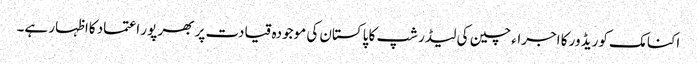
اکنامک کوریڈ ور کا اجراء چین کی لیڈر شپ کا پاکستان کی موجودہ قیادت پر بھر پور اعتماد کااظہار ہے۔